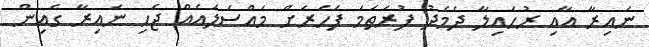
ނައިރާ އާއި ރުހައިލާ ދެމެދު ފުރަތަމަ ފަހަރަށް މައްސަލައެއް ޖެހި ނައިރާ ގެއިން